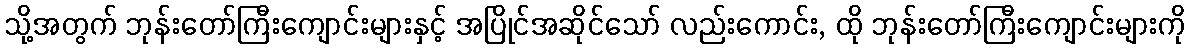
သို့အတွက် ဘုန်းတော်ကြီးကျောင်းများနှင့် အပြိုင်အဆိုင်သော် လည်းကောင်း, ထို ဘုန်းတော်ကြီးကျောင်းများကို